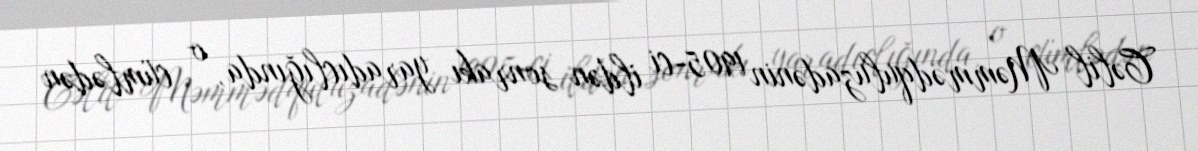
Cəlil Məmmədquluzadənin 1905-ci ildən sonrakı yaradıclığında, o cümlədən